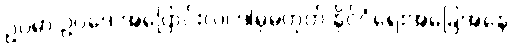
ဥပမာ ဥပဒေ အပြောင်းလဲ၊ ဒါမှမဟုတ် နိုင်ငံရေးအခြေအနေ